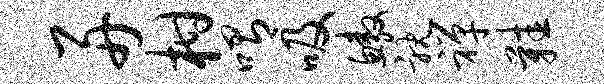
舟柑喟吸鳌耽禅鞋